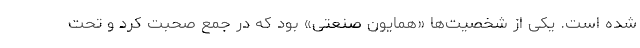
شده است. یکی از شخصیت‌ها «همایون صنعتی» بود که در جمع صحبت کرد و تحت